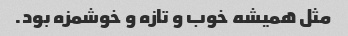
مثل همیشه خوب و تازه و خوشمزه بود.